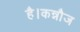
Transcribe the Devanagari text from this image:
है।कन्नौज